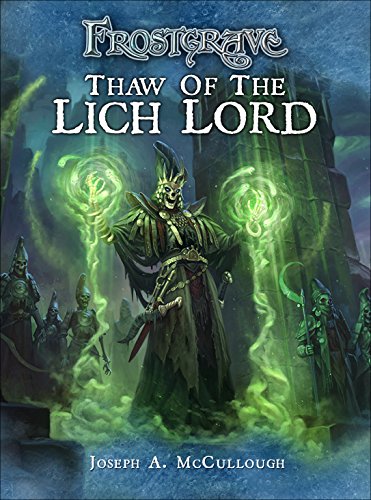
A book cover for Frostgrave: Thaw of the Lich Lord; Joseph A. McCullough; Literature & Fiction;